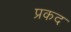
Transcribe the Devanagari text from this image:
प्रकद